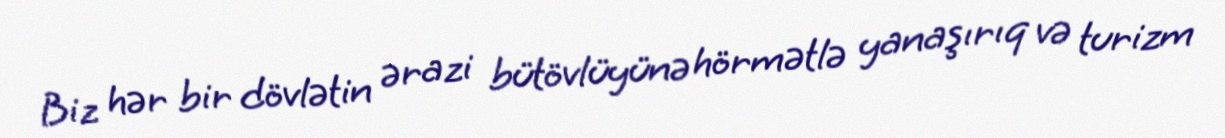
Biz hər bir dövlətin ərazi bütövlüyünə hörmətlə yanaşırıq və turizm